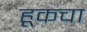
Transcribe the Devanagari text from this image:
हूकचा